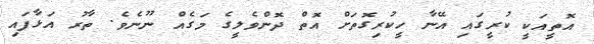
އޮތީއަކީ ކުރީގައި އޭނާ ހީކުރިގޮތަށް އޮތް ދޮންވެލީގެ މަގެއް ނޫނެވެ. ތާރު އަޅާފައި